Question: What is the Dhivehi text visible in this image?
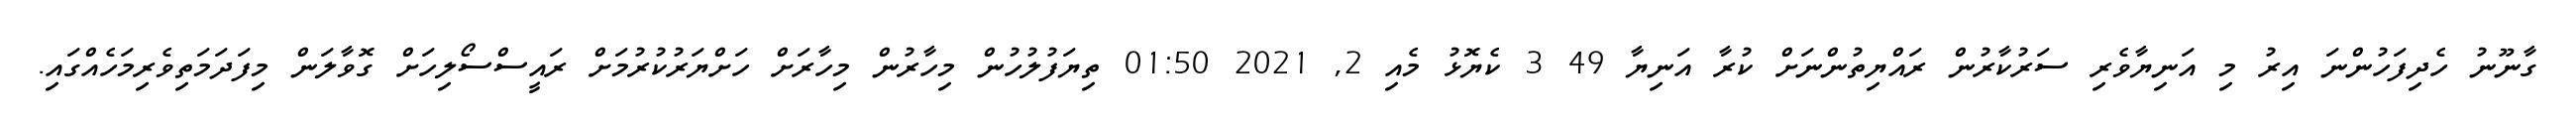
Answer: ގާނޫނު ހެދިފަހުންނަ އިރު މި އަނިޔާވެރި ސަރުކާރުން ރައްޔިތުންނަށް ކުރާ އަނިޔާ 49 3 ކެޔޮޅު މެއި 2, 2021 01:50 ތިޔަފުލުހުން މިހާރުން މިހާރަށް ހަށްޔަރުކުރުމަށް ރައީސްސޯލިހަށް ގޮވާލަން މިފަދަމަތިވެރިމަހެއްގައި.